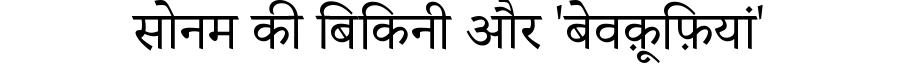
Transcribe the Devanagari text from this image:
सोनम की बिकिनी और 'बेवक़ूफ़ियां'